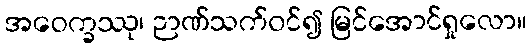
အဝေက္ခဿု၊ ဉာဏ်သက်ဝင်၍ မြင်အောင်ရှုလော။